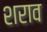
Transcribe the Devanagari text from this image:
शराव